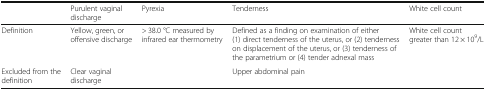
<table><thead><tr><td>[EMPTY_CELL]</td><td><b>Purulent vaginal discharge</b></td><td><b>Pyrexia</b></td><td><b>Tenderness</b></td><td><b>White cell count</b></td></tr></thead><tbody><tr><td>Definition</td><td>Yellow, green, or offensive discharge</td><td>&gt; 38.0 °C measured by infrared ear thermometry</td><td>Defined as a finding on examination of either (1) direct tenderness of the uterus, or (2) tenderness on displacement of the uterus, or (3) tenderness of the parametrium or (4) tender adnexal mass</td><td>White cell count greater than 12 × 10<sup>9</sup>/L</td></tr><tr><td>Excluded from the definition</td><td>Clear vaginal discharge</td><td>[EMPTY_CELL]</td><td>Upper abdominal pain</td><td>[EMPTY_CELL]</td></tr></tbody></table>